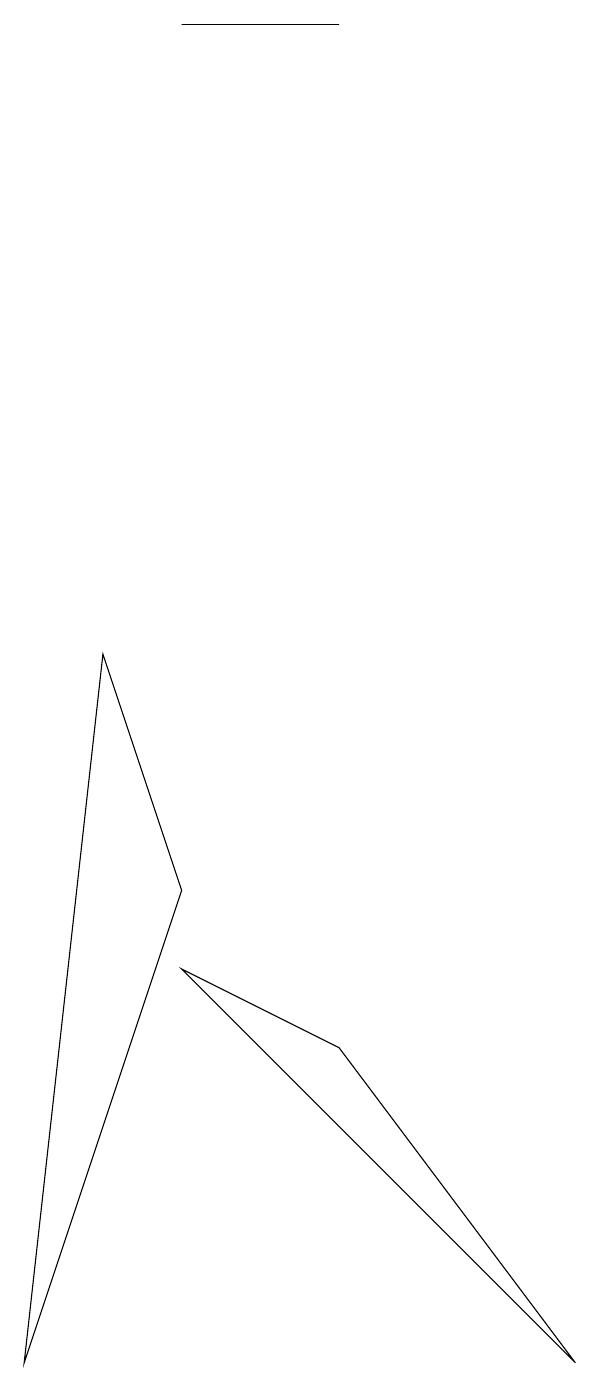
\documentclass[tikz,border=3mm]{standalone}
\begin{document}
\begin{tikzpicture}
\draw (5,17) rectangle (3,17);
\draw (5,4) -- (8,0) -- (3,5) -- cycle;
\draw (2,9) -- (1,0) -- (3,6) -- cycle;
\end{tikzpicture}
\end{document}